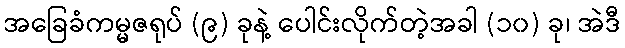
အခြေခံကမ္မဇရုပ် (၉) ခုနဲ့ ပေါင်းလိုက်တဲ့အခါ (၁၀) ခု၊ အဲဒီ